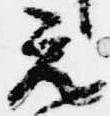
元